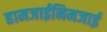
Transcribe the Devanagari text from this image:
हामजाईनिमजाई